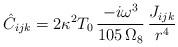
LaTeX: \begin{align*} \hat{C}_{ijk} = 2\kappa^2 T_0\, \frac{-i\omega^3}{105\, \Omega_8}\,\frac{J_{ijk}}{r^4}\end{align*}